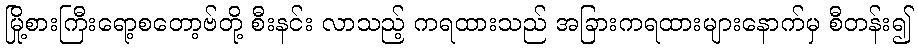
မြို့စားကြီးရော့စတော့ဗ်တို့ စီးနင်း လာသည့် ကရထားသည် အခြားကရထားများနောက်မှ စီတန်း၍